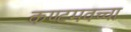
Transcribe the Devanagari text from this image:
कण्टमवच्चा